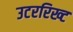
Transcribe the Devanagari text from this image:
उटररिख्ट